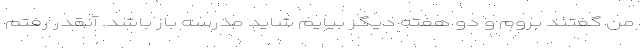
من گفتند بروم و دو هفته دیگر بیایم شاید مدرسه باز باشد. آنقدر رفتم